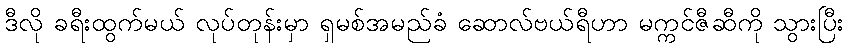
ဒီလို ခရီးထွက်မယ် လုပ်တုန်းမှာ ရှမစ်အမည်ခံ ဆောလ်ဗယ်ရီဟာ မက္ကင်ဇီဆီကို သွားပြီး